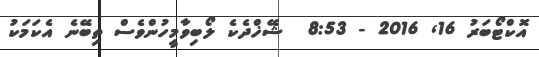
އޮކްޓޯބަރު 16